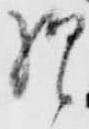
様